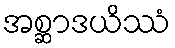
အစ္ဆာဒယိဿံ